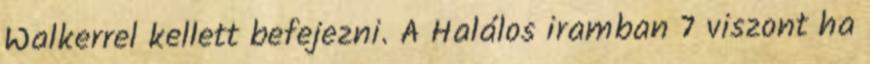
Walkerrel kellett befejezni. A Halálos iramban 7 viszont ha